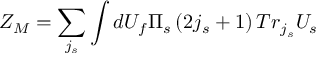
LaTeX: Z _ { M } = \sum _ { j _ { s } } \int d U _ { f } \Pi _ { s } \left( 2 j _ { s } + 1 \right) T r _ { j _ { s } } U _ { s }